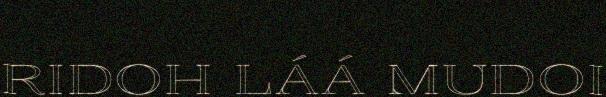
RIDOH LÁÁ MUDOI